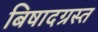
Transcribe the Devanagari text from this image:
बिषादग्रस्त